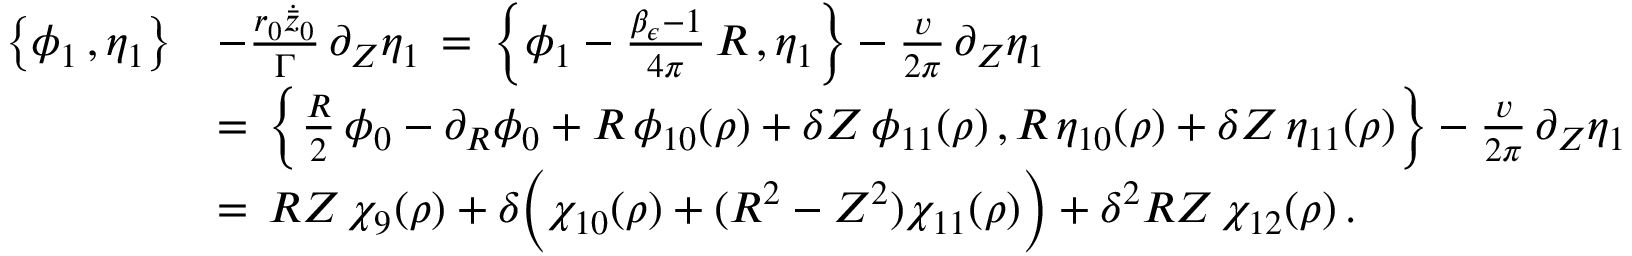
\begin{array} { r l } { \bigl \{ \phi _ { 1 } \, , \eta _ { 1 } \bigr \} } & { - \frac { r _ { 0 } \dot { \bar { z } } _ { 0 } } { \Gamma } \, \partial _ { Z } \eta _ { 1 } \, = \, \Bigl \{ \phi _ { 1 } - \frac { \beta _ { \epsilon } - 1 } { 4 \pi } \, R \, , \eta _ { 1 } \Bigr \} - \frac { v } { 2 \pi } \, \partial _ { Z } \eta _ { 1 } } \\ { \, } & { = \, \Bigl \{ \frac { R } { 2 } \, \phi _ { 0 } - \partial _ { R } \phi _ { 0 } + R \, \phi _ { 1 0 } ( \rho ) + \delta Z \, \phi _ { 1 1 } ( \rho ) \, , R \, \eta _ { 1 0 } ( \rho ) + \delta Z \, \eta _ { 1 1 } ( \rho ) \Bigr \} - \frac { v } { 2 \pi } \, \partial _ { Z } \eta _ { 1 } } \\ { \, } & { = \, R Z \, \chi _ { 9 } ( \rho ) + \delta \Bigl ( \chi _ { 1 0 } ( \rho ) + ( R ^ { 2 } - Z ^ { 2 } ) \chi _ { 1 1 } ( \rho ) \Bigr ) + \delta ^ { 2 } R Z \, \chi _ { 1 2 } ( \rho ) \, . } \end{array}